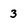
Character: 3